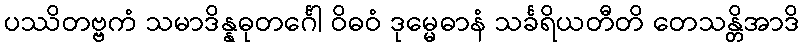
ပဿိတဗ္ဗကံ သမာဒိန္နဓုတင်္ဂေါ ဝိဓဝံ ဒုမ္မေဓာနံ သင်္ခရိယတီတိ တေသန္တိအာဒိ